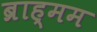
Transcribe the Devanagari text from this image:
ब्राह्मम